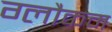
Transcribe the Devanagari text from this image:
ग्लौकम